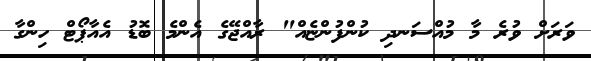
ވަރަށް ވުރެ މާ މުއްސަނދި ކުންފުންޏެއް" ރާއްޖޭގެ އެންމެ ބޮޑު އެއާޕޯޓް ހިންގާ